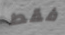
فقط